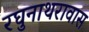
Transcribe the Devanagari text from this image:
रघुनाथरावास